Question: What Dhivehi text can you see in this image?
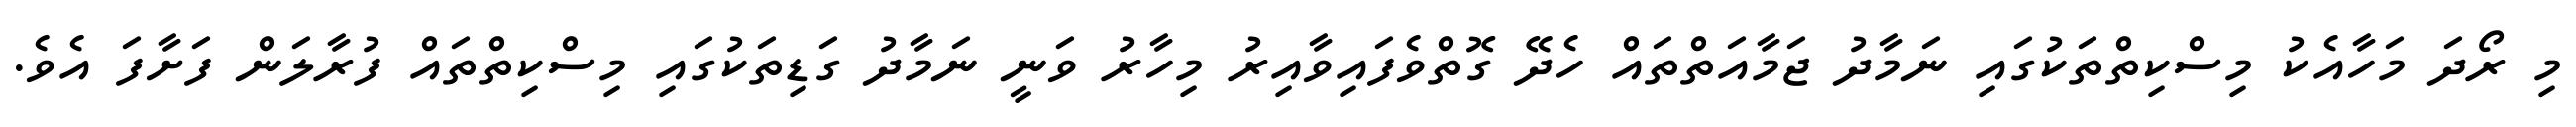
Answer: މި ރޯދަ މަހާއެކު މިސްކިތްތަކުގައި ނަމާދު ޖަމާއަތްތައް ހެދޭ ގޮތްވެފައިވާއިރު މިހާރު ވަނީ ނަމާދު ގަޑިތަކުގައި މިސްކިތްތައް ފުރާލަން ފަށާފަ އެވެ.